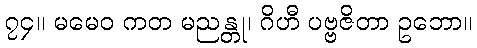
၇၄။ မမေဝ ကတ မညန္တု၊ ဂိဟီ ပဗ္ဗဇိတာ ဥဘော။